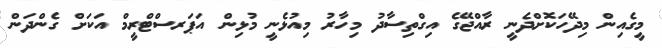
މީގެއިން މިދޭހަކޮށްދެނީ ރާއްޖޭގެ އިގްތިސާދު މިހާރު މިއުޅެނީ މުޅިން އަޕަރސްޓްރީމް އަކަށް ގެންދަން